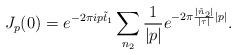
LaTeX: \begin{align*}J_p(0)=e^{-2\pi ip\tilde{t}_1}\sum_{n_2}\frac{1}{|p|}e^{-2\pi\frac{|\tilde{n}_2|}{|\tau|}|p|}.\end{align*}